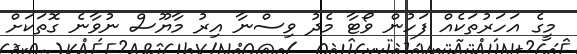
މީގެ އަހަރުތަކެއް ފަހުން ވޯޓާ މެދު ވިސްނާ އިރު މާޔޫސް ނުވާނެ ގޮތަކަށް